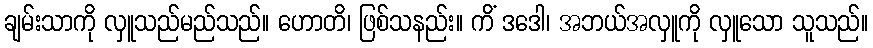
ချမ်းသာကို လှူသည်မည်သည်။ ဟောတိ၊ ဖြစ်သနည်း။ ကိံ ဒဒေါ၊ အဘယ်အလှူကို လှူသော သူသည်။